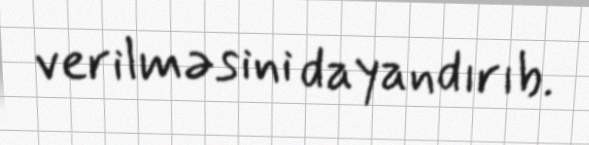
verilməsini dayandırıb.